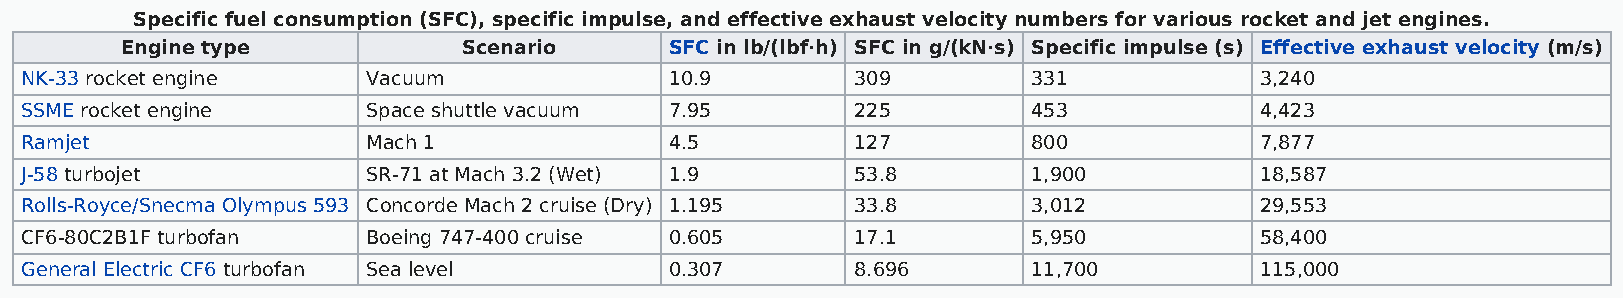
Specific fuel consumption (SFC), specific impulse, and effective exhaust velocity numbers for various rocket and jet engines.
 Engine type            Scenario     SFC in lb/(lbf·h) SFC in g/(kN·s) Specific impulse (s) Effective exhaust velocity (m/s)
 NK-33 rocket engine    Vacuum              10.9         309        331            3,240
 SSME rocket engine     Space shuttle vacuum 7.95        225        453            4,423
 Ramjet                 Mach 1              4.5          127        800            7,877
 J-58 turbojet          SR-71 at Mach 3.2 (Wet) 1.9      53.8       1,900          18,587
 Rolls-Royce/Snecma Olympus 593 Concorde Mach 2 cruise (Dry) 1.195 33.8 3,012      29,553
 CF6-80C2B1F turbofan   Boeing 747-400 cruise 0.605      17.1       5,950          58,400
 General Electric CF6 turbofan Sea level    0.307        8.696      11,700         115,000